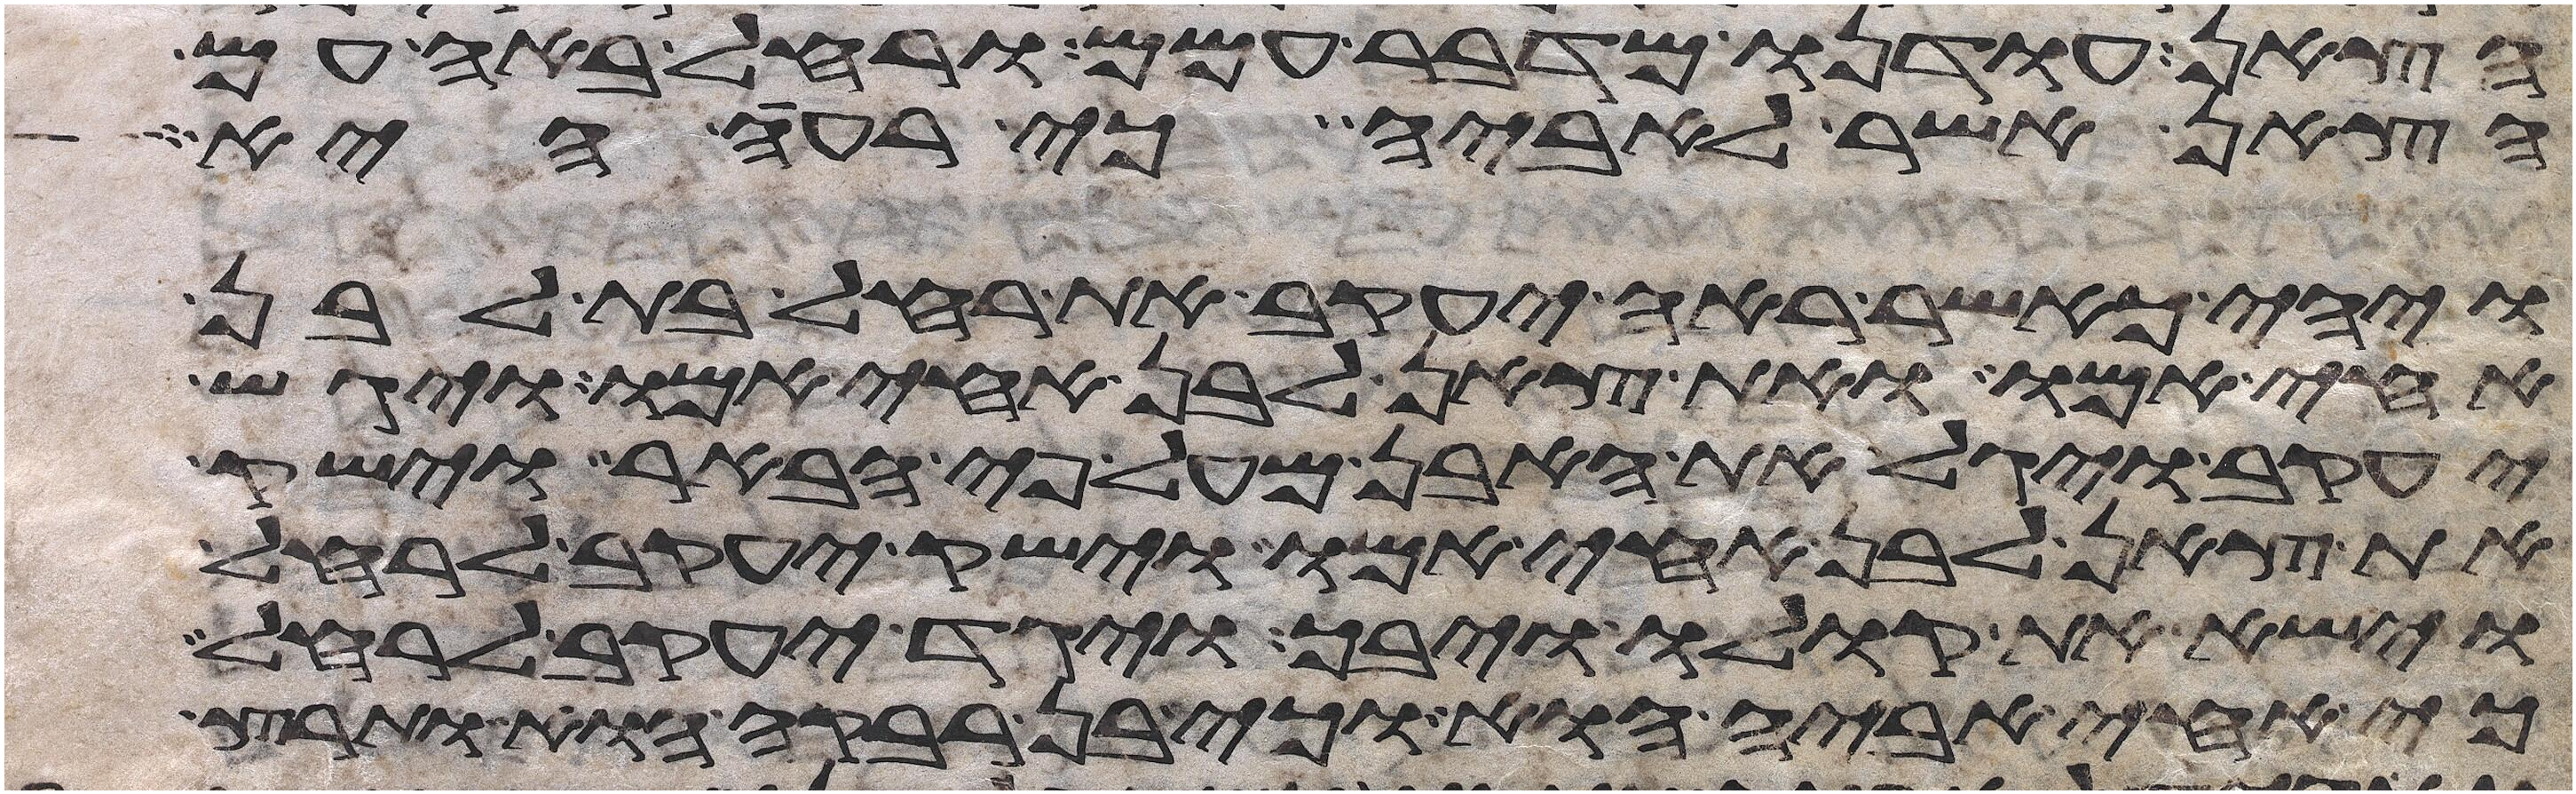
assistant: הצאן עודנו מדבר עמם ורחל באה עם
הצאן אשר לאביה כי רעה היא
ויהי כאשר ראה יעקב את רחל בת לבן
אחי אמו ואת צאן לבן אחי אמו ויגש
יעקב ויגל את האבן מעל פי הבאר וישק
את צאן לבן אחי אמו וישק יעקב לרחל
וישא את קולו ויבך ויגד יעקב לרחל
כי אחי אביה הוא וכי בן רבקה הוא ותרץ